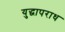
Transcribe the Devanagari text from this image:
युद्धापराध